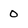
Character: 0